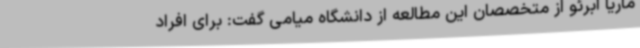
ماریا آبرئو از متخصصان این مطالعه از دانشگاه میامی گفت: برای افراد